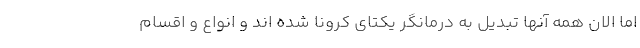
اما الان همه آنها تبدیل به درمانگر یکتای کرونا شده اند و انواع و اقسام